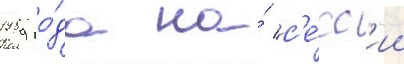
1989 го́да на́ с'е́сс'ии